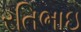
રતિભાઇ